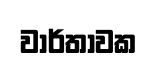
වාර්තාවක